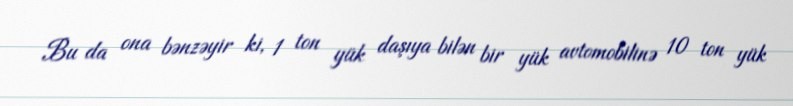
Bu da ona bənzəyir ki, 1 ton yük daşıya bilən bir yük avtomobilinə 10 ton yük